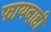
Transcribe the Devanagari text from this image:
फायदाही